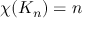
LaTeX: \chi ( K _ { n } ) = n